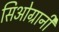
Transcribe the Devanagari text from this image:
सिओग्रानी